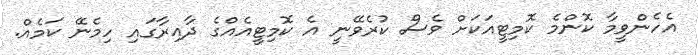
އެހެންވީމާ ކޮންމެ ކޮމިޓީއަކަށް ވެސް ކުރެވޭނީ އެ ކޮމިޓީއެއްގެ ދާއިރާގައި ހިމެނޭ ކަމެއް.